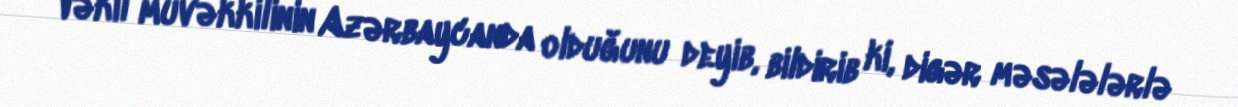
Vəkil müvəkkilinin Azərbaycanda olduğunu deyib, bildirib ki, digər məsələlərlə